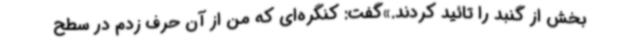
بخش از گنبد را تائید کردند.»گفت: کنگره‌ای که من از آن حرف زدم در سطح